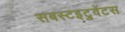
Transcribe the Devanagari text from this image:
सबस्टइटुवेंटस